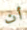
أن